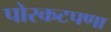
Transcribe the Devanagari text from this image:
पोरकटपणा